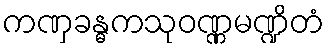
ကဏှခန္ဓကသုဝဏ္ဏမဏ္ဍိတံ